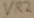
Text: VR2